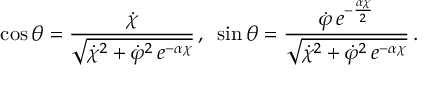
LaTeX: \cos \theta = \frac { \dot { \chi } } { \sqrt { \dot { \chi } ^ { 2 } + \dot { \varphi } ^ { 2 } \, e ^ { - \alpha \chi } } } \, , \, \, \, \sin \theta = \frac { \dot { \varphi } \, e ^ { - \frac { \alpha \chi } { 2 } } } { \sqrt { \dot { \chi } ^ { 2 } + \dot { \varphi } ^ { 2 } \, e ^ { - \alpha \chi } } } \, .